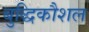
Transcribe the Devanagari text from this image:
बुद्धिकौशल